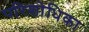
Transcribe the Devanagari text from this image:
परिशोधिका